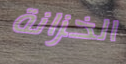
الخزانة